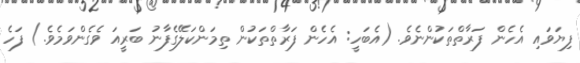
ފިޔަވައި އެހެން ފަރާތްތަކުންނެވެ. (އެބަހީ: އެހެން ފަރާތްތަކުން ތިމަންކަލޭގެފާނު ބަރީއަ ވެގެންވަމެވެ.) ފަހެ